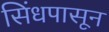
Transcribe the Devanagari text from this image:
सिंधपासून